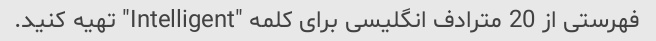
فهرستی از 20 مترادف انگلیسی برای کلمه "Intelligent" تهیه کنید.